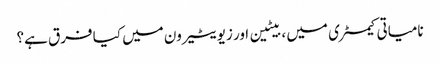
نامیاتی کیمسٹری میں ، بیٹین اور زیویٹیرون میں کیا فرق ہے؟